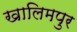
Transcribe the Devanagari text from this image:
खालिमपुर